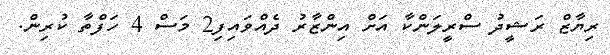
ރިޔާޒް ރަޝީދު ސްރީލަންކާ އަށް އިންޒާރު ދެއްވައިފި2 މަސް 4 ހަފްތާ ކުރިން.